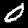
Digit: 0